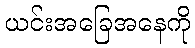
ယင်းအခြေအနေကို